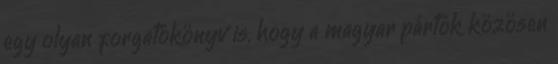
egy olyan forgatókönyv is, hogy a magyar pártok közösen